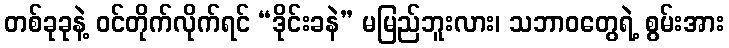
တစ်ခုခုနဲ့ ဝင်တိုက်လိုက်ရင် “ဒိုင်းခနဲ” မမြည်ဘူးလား၊ သဘာဝတွေရဲ့ စွမ်းအား